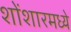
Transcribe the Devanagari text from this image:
शोंशारमध्ये